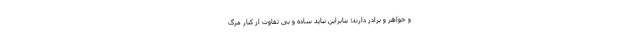
و خواهر و برادر دارند؛ بنابراین نباید ساده و بی تفاوت از کنار مرگ